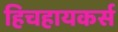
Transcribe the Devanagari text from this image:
हिचहायकर्स